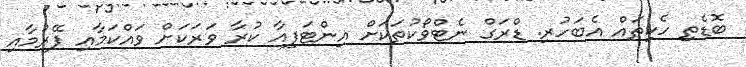
ބޮޑެތި ހެކިތައް އެބަހުރި. ޑްރަގް ނެޓްވޯކުތަކަށް އިންޓަފިއާ ކުރާ ވަރަކަށް ވައްކަމާއި ފޭރުމާއި